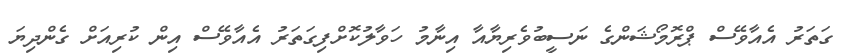
ގަތަރު އެއާވޭސް ޕްރޮމޯޝަންގެ ނަސީބުވެރިޔާއާ އިނާމު ހަވާލުކޮށްފިގަތަރު އެއާވޭސް އިން ކުރިއަށް ގެންދިޔަ